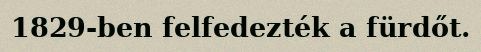
1829-ben felfedezték a fürdőt.